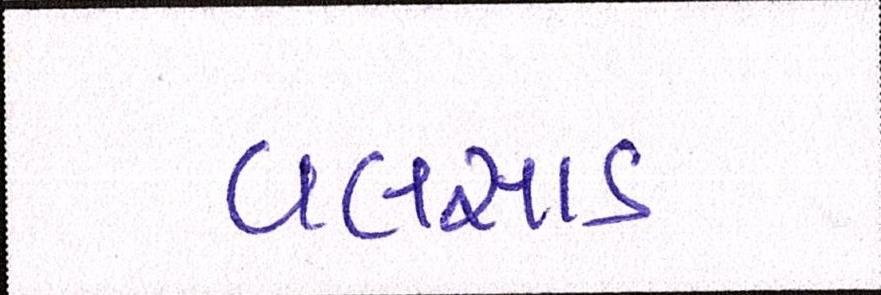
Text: વલસાડ